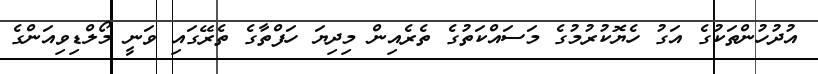
އުދުހުންތަކުގެ އަގު ހެޔޮކުރުމުގެ މަސައްކަތުގެ ތެރެއިން މިދިޔަ ހަފްތާގެ ތެރޭގައި ވަނީ މޯލްޑިވިއަންގެ